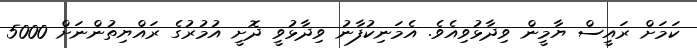
ކަމަށް ރައީސް ޔާމީން ވިދާޅުވިއެވެ. އެމަނިކުފާނު ވިދާޅުވީ ދޮށީ އުމުރުގެ ރައްޔިތުންނަށް 5000